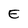
Character: E